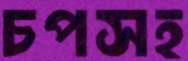
চপসহ